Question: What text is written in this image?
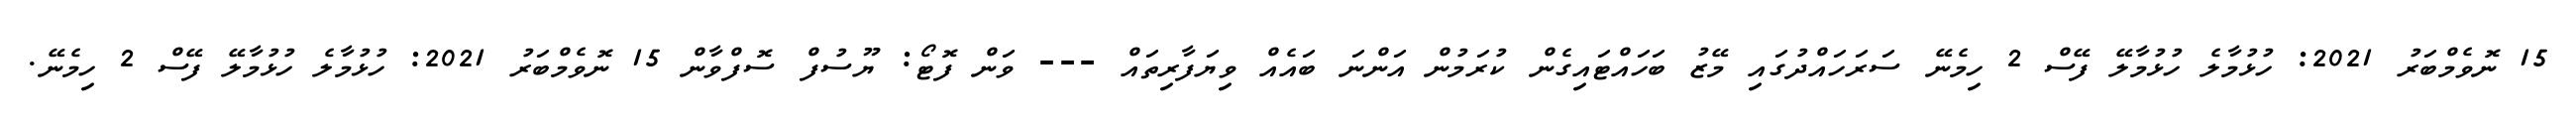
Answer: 15 ނޮވެމްބަރު 2021: ހުޅުމާލެ ހުޅުމާލޭ ފޭސް 2 ހިމެނޭ ސަރަހައްދުގައި މޭޒު ބަހައްޓައިގެން ކުރަމުން އަންނަ ބައެއް ވިޔަފާރިތައް --- ވަން ފޮޓޯ: ޔޫސުފް ސޮފްވާން 15 ނޮވެމްބަރު 2021: ހުޅުމާލެ ހުޅުމާލޭ ފޭސް 2 ހިމެނޭ.